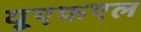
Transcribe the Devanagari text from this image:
यूएफएल